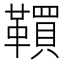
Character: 𩍃